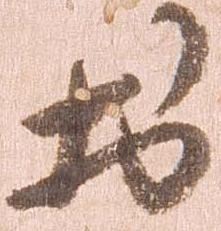
於